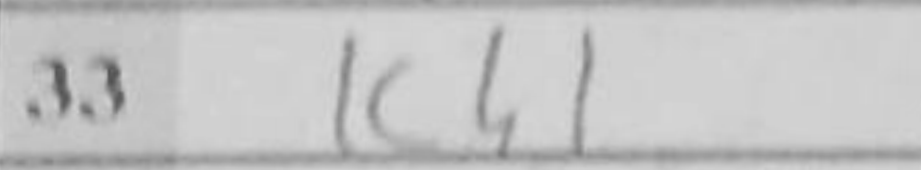
Transcription: Kh1